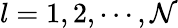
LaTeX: l=1,2,\cdots,\mathcal{N}